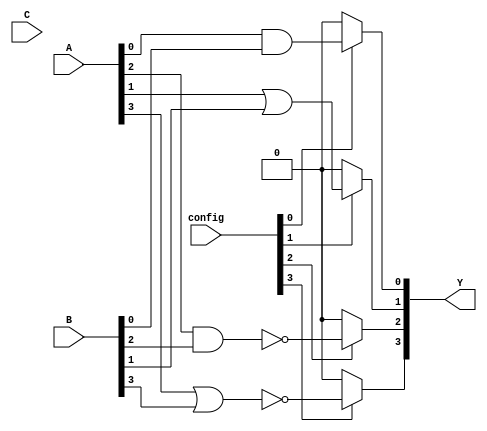
module CLB (
    input wire [3:0] A,        // Input signals (4-bit)
    input wire [3:0] B,        // Input signals (4-bit)
    input wire [3:0] C,        // Input signals (4-bit)
    input wire [3:0] config,   // Configuration signals for logic functions
    output wire [3:0] Y        // Output signals (4-bit)
);

// Internal wire for logic functions
wire and_out;
wire or_out;
wire nand_out;
wire nor_out;
wire xor_out;

// Logic function implementations
assign and_out = A[0] & B[0];
assign or_out  = A[1] | B[1];
assign nand_out = ~(A[2] & B[2]);
assign nor_out  = ~(A[3] | B[3]);
assign xor_out  = A[0] ^ B[0];

// Programmable interconnects based on configuration
assign Y[0] = (config[0]) ? and_out : 1'b0;      // Select AND output
assign Y[1] = (config[1]) ? or_out : 1'b0;       // Select OR output
assign Y[2] = (config[2]) ? nand_out : 1'b0;     // Select NAND output
assign Y[3] = (config[3]) ? nor_out : 1'b0;      // Select NOR output

endmodule